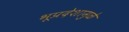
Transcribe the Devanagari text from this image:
भूप्रदेशामुळे